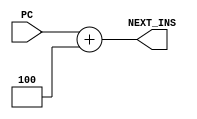
//E/16/078
//adder to get next instruction address (PC+4), PC value if current instruction is not branch

 `timescale  1ns/100ps

module adder1(PC,NEXT_INS);

	//port declaration
	
	//input
	input [31:0] PC;
	
	//output
	output [31:0]NEXT_INS;
	reg [31:0]NEXT_INS;
	
	//output PC+4
	always @ (PC)
	begin
		#1 //pc adder delay
		NEXT_INS = PC +4;
	end
	


endmodule